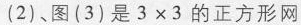
(2)、图(3)是3×3的正方形网